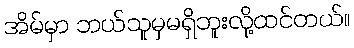
အိမ်မှာ ဘယ်သူမှမရှိဘူးလို့ထင်တယ်။